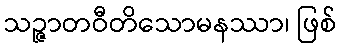
သဉ္ဇာတဝီတိသောမနဿာ၊ ဖြစ်